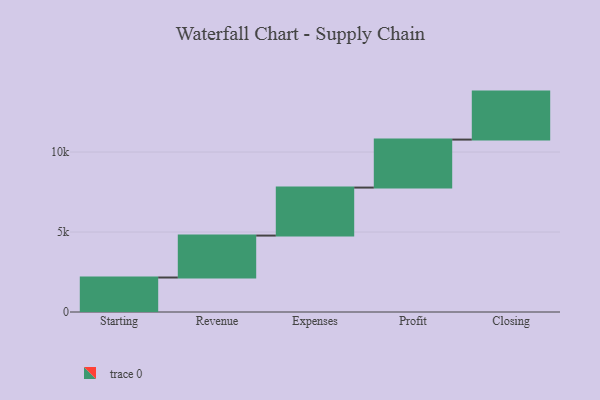
{"axis": {"x": "Step", "y": "Value"}, "legend": [""], "data": [{"x": "Starting", "y": 2156.0, "type": ""}, {"x": "Revenue", "y": 2622.0, "type": ""}, {"x": "Expenses", "y": 3000, "type": ""}, {"x": "Profit", "y": 3000, "type": ""}, {"x": "Closing", "y": 3000, "type": ""}]}